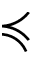
\preccurlyeq